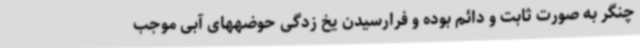
چنگر به صورت ثابت و دائم بوده و فرارسیدن یخ زدگی حوضههای آبی موجب